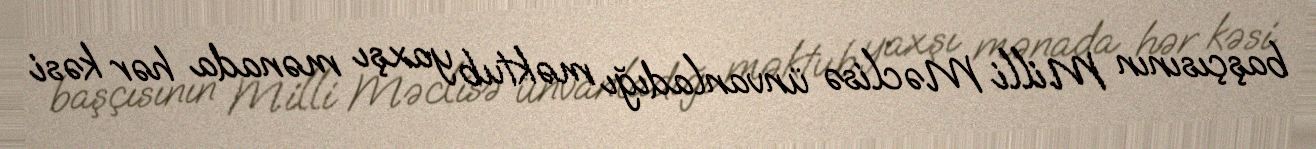
başçısının Milli Məclisə ünvanladığı məktub yaxşı mənada hər kəsi